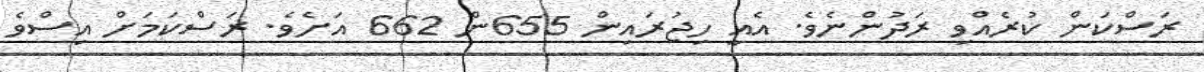
ރަސްކަން ކުރެއްވި ރަދުންނެވެ. އެއީ ހިޖުރައިން 655ން 662 އަށެވެ. ރަސްކަމަށް އިސްވެ